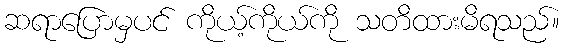
ဆရာပြောမှပင် ကိုယ့်ကိုယ်ကို သတိထားမိရသည်။